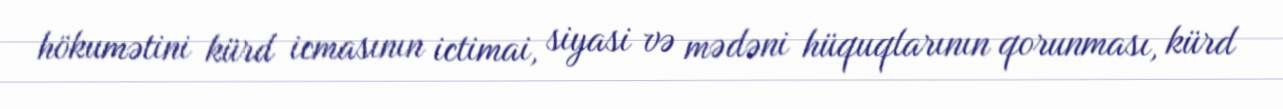
hökumətini kürd icmasının ictimai, siyasi və mədəni hüquqlarının qorunması, kürd